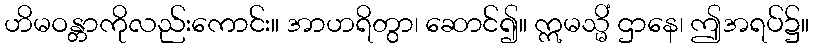
ဟိမဝန္တာကိုလည်းကောင်း။ အာဟရိတွာ၊ ဆောင်၍။ ဣမသ္မိံ ဌာနေ၊ ဤအရပ်၌။